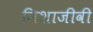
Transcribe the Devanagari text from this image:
निशाजीवी